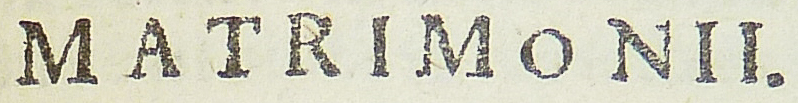
MATRIMONII.